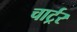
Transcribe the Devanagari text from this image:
चार्ट्रर